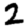
Digit: 2